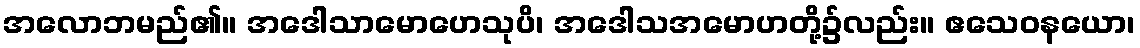
အလောဘမည်၏။ အဒေါသာမောဟေသုပိ၊ အဒေါသအမောဟတို့၌လည်း။ ဧသေဝနယော၊